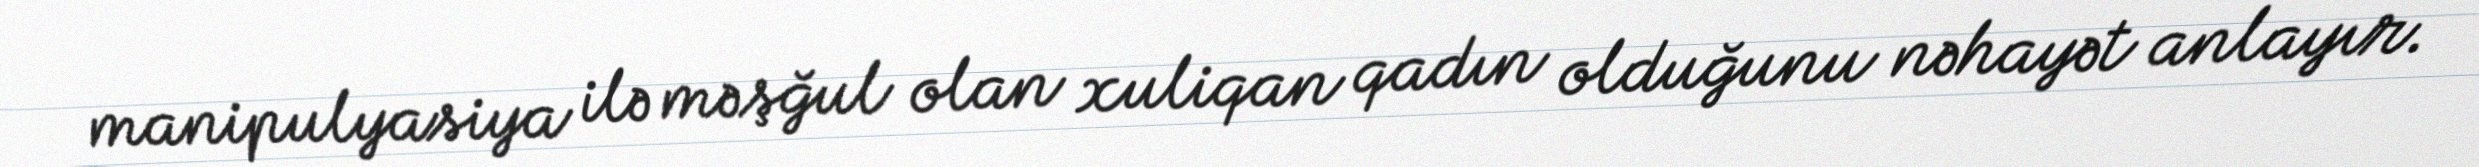
manipulyasiya ilə məşğul olan xuliqan qadın olduğunu nəhayət anlayır.